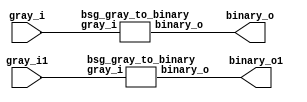


module top
(
  gray_i,
  binary_o,
  gray_i1, // added for decompiling
  binary_o1 // added for decompiling
);

  input [31:0] gray_i;
  output [31:0] binary_o;
  input [31:0] gray_i1; // added for decompiling
  output [31:0] binary_o1; // added for decompiling


  bsg_gray_to_binary
  wrapper
  (
    .gray_i(gray_i),
    .binary_o(binary_o)
  );

  bsg_gray_to_binary
  wrapper1
  (
    .gray_i(gray_i1), // added for decompiling
    .binary_o(binary_o1) // added for decompiling
  );


endmodule



module bsg_scan_width_p32_xor_p1
(
  i,
  o
);

  input [31:0] i;
  output [31:0] o;
  wire [31:0] o;
  wire t_4__31_,t_4__30_,t_4__29_,t_4__28_,t_4__27_,t_4__26_,t_4__25_,t_4__24_,
  t_4__23_,t_4__22_,t_4__21_,t_4__20_,t_4__19_,t_4__18_,t_4__17_,t_4__16_,t_4__15_,
  t_4__14_,t_4__13_,t_4__12_,t_4__11_,t_4__10_,t_4__9_,t_4__8_,t_4__7_,t_4__6_,t_4__5_,
  t_4__4_,t_4__3_,t_4__2_,t_4__1_,t_4__0_,t_3__31_,t_3__30_,t_3__29_,t_3__28_,
  t_3__27_,t_3__26_,t_3__25_,t_3__24_,t_3__23_,t_3__22_,t_3__21_,t_3__20_,t_3__19_,
  t_3__18_,t_3__17_,t_3__16_,t_3__15_,t_3__14_,t_3__13_,t_3__12_,t_3__11_,t_3__10_,
  t_3__9_,t_3__8_,t_3__7_,t_3__6_,t_3__5_,t_3__4_,t_3__3_,t_3__2_,t_3__1_,t_3__0_,
  t_2__31_,t_2__30_,t_2__29_,t_2__28_,t_2__27_,t_2__26_,t_2__25_,t_2__24_,t_2__23_,
  t_2__22_,t_2__21_,t_2__20_,t_2__19_,t_2__18_,t_2__17_,t_2__16_,t_2__15_,t_2__14_,
  t_2__13_,t_2__12_,t_2__11_,t_2__10_,t_2__9_,t_2__8_,t_2__7_,t_2__6_,t_2__5_,
  t_2__4_,t_2__3_,t_2__2_,t_2__1_,t_2__0_,t_1__31_,t_1__30_,t_1__29_,t_1__28_,t_1__27_,
  t_1__26_,t_1__25_,t_1__24_,t_1__23_,t_1__22_,t_1__21_,t_1__20_,t_1__19_,t_1__18_,
  t_1__17_,t_1__16_,t_1__15_,t_1__14_,t_1__13_,t_1__12_,t_1__11_,t_1__10_,t_1__9_,
  t_1__8_,t_1__7_,t_1__6_,t_1__5_,t_1__4_,t_1__3_,t_1__2_,t_1__1_,t_1__0_;
  assign t_1__31_ = i[31] ^ 1'b0;
  assign t_1__30_ = i[30] ^ i[31];
  assign t_1__29_ = i[29] ^ i[30];
  assign t_1__28_ = i[28] ^ i[29];
  assign t_1__27_ = i[27] ^ i[28];
  assign t_1__26_ = i[26] ^ i[27];
  assign t_1__25_ = i[25] ^ i[26];
  assign t_1__24_ = i[24] ^ i[25];
  assign t_1__23_ = i[23] ^ i[24];
  assign t_1__22_ = i[22] ^ i[23];
  assign t_1__21_ = i[21] ^ i[22];
  assign t_1__20_ = i[20] ^ i[21];
  assign t_1__19_ = i[19] ^ i[20];
  assign t_1__18_ = i[18] ^ i[19];
  assign t_1__17_ = i[17] ^ i[18];
  assign t_1__16_ = i[16] ^ i[17];
  assign t_1__15_ = i[15] ^ i[16];
  assign t_1__14_ = i[14] ^ i[15];
  assign t_1__13_ = i[13] ^ i[14];
  assign t_1__12_ = i[12] ^ i[13];
  assign t_1__11_ = i[11] ^ i[12];
  assign t_1__10_ = i[10] ^ i[11];
  assign t_1__9_ = i[9] ^ i[10];
  assign t_1__8_ = i[8] ^ i[9];
  assign t_1__7_ = i[7] ^ i[8];
  assign t_1__6_ = i[6] ^ i[7];
  assign t_1__5_ = i[5] ^ i[6];
  assign t_1__4_ = i[4] ^ i[5];
  assign t_1__3_ = i[3] ^ i[4];
  assign t_1__2_ = i[2] ^ i[3];
  assign t_1__1_ = i[1] ^ i[2];
  assign t_1__0_ = i[0] ^ i[1];
  assign t_2__31_ = t_1__31_ ^ 1'b0;
  assign t_2__30_ = t_1__30_ ^ 1'b0;
  assign t_2__29_ = t_1__29_ ^ t_1__31_;
  assign t_2__28_ = t_1__28_ ^ t_1__30_;
  assign t_2__27_ = t_1__27_ ^ t_1__29_;
  assign t_2__26_ = t_1__26_ ^ t_1__28_;
  assign t_2__25_ = t_1__25_ ^ t_1__27_;
  assign t_2__24_ = t_1__24_ ^ t_1__26_;
  assign t_2__23_ = t_1__23_ ^ t_1__25_;
  assign t_2__22_ = t_1__22_ ^ t_1__24_;
  assign t_2__21_ = t_1__21_ ^ t_1__23_;
  assign t_2__20_ = t_1__20_ ^ t_1__22_;
  assign t_2__19_ = t_1__19_ ^ t_1__21_;
  assign t_2__18_ = t_1__18_ ^ t_1__20_;
  assign t_2__17_ = t_1__17_ ^ t_1__19_;
  assign t_2__16_ = t_1__16_ ^ t_1__18_;
  assign t_2__15_ = t_1__15_ ^ t_1__17_;
  assign t_2__14_ = t_1__14_ ^ t_1__16_;
  assign t_2__13_ = t_1__13_ ^ t_1__15_;
  assign t_2__12_ = t_1__12_ ^ t_1__14_;
  assign t_2__11_ = t_1__11_ ^ t_1__13_;
  assign t_2__10_ = t_1__10_ ^ t_1__12_;
  assign t_2__9_ = t_1__9_ ^ t_1__11_;
  assign t_2__8_ = t_1__8_ ^ t_1__10_;
  assign t_2__7_ = t_1__7_ ^ t_1__9_;
  assign t_2__6_ = t_1__6_ ^ t_1__8_;
  assign t_2__5_ = t_1__5_ ^ t_1__7_;
  assign t_2__4_ = t_1__4_ ^ t_1__6_;
  assign t_2__3_ = t_1__3_ ^ t_1__5_;
  assign t_2__2_ = t_1__2_ ^ t_1__4_;
  assign t_2__1_ = t_1__1_ ^ t_1__3_;
  assign t_2__0_ = t_1__0_ ^ t_1__2_;
  assign t_3__31_ = t_2__31_ ^ 1'b0;
  assign t_3__30_ = t_2__30_ ^ 1'b0;
  assign t_3__29_ = t_2__29_ ^ 1'b0;
  assign t_3__28_ = t_2__28_ ^ 1'b0;
  assign t_3__27_ = t_2__27_ ^ t_2__31_;
  assign t_3__26_ = t_2__26_ ^ t_2__30_;
  assign t_3__25_ = t_2__25_ ^ t_2__29_;
  assign t_3__24_ = t_2__24_ ^ t_2__28_;
  assign t_3__23_ = t_2__23_ ^ t_2__27_;
  assign t_3__22_ = t_2__22_ ^ t_2__26_;
  assign t_3__21_ = t_2__21_ ^ t_2__25_;
  assign t_3__20_ = t_2__20_ ^ t_2__24_;
  assign t_3__19_ = t_2__19_ ^ t_2__23_;
  assign t_3__18_ = t_2__18_ ^ t_2__22_;
  assign t_3__17_ = t_2__17_ ^ t_2__21_;
  assign t_3__16_ = t_2__16_ ^ t_2__20_;
  assign t_3__15_ = t_2__15_ ^ t_2__19_;
  assign t_3__14_ = t_2__14_ ^ t_2__18_;
  assign t_3__13_ = t_2__13_ ^ t_2__17_;
  assign t_3__12_ = t_2__12_ ^ t_2__16_;
  assign t_3__11_ = t_2__11_ ^ t_2__15_;
  assign t_3__10_ = t_2__10_ ^ t_2__14_;
  assign t_3__9_ = t_2__9_ ^ t_2__13_;
  assign t_3__8_ = t_2__8_ ^ t_2__12_;
  assign t_3__7_ = t_2__7_ ^ t_2__11_;
  assign t_3__6_ = t_2__6_ ^ t_2__10_;
  assign t_3__5_ = t_2__5_ ^ t_2__9_;
  assign t_3__4_ = t_2__4_ ^ t_2__8_;
  assign t_3__3_ = t_2__3_ ^ t_2__7_;
  assign t_3__2_ = t_2__2_ ^ t_2__6_;
  assign t_3__1_ = t_2__1_ ^ t_2__5_;
  assign t_3__0_ = t_2__0_ ^ t_2__4_;
  assign t_4__31_ = t_3__31_ ^ 1'b0;
  assign t_4__30_ = t_3__30_ ^ 1'b0;
  assign t_4__29_ = t_3__29_ ^ 1'b0;
  assign t_4__28_ = t_3__28_ ^ 1'b0;
  assign t_4__27_ = t_3__27_ ^ 1'b0;
  assign t_4__26_ = t_3__26_ ^ 1'b0;
  assign t_4__25_ = t_3__25_ ^ 1'b0;
  assign t_4__24_ = t_3__24_ ^ 1'b0;
  assign t_4__23_ = t_3__23_ ^ t_3__31_;
  assign t_4__22_ = t_3__22_ ^ t_3__30_;
  assign t_4__21_ = t_3__21_ ^ t_3__29_;
  assign t_4__20_ = t_3__20_ ^ t_3__28_;
  assign t_4__19_ = t_3__19_ ^ t_3__27_;
  assign t_4__18_ = t_3__18_ ^ t_3__26_;
  assign t_4__17_ = t_3__17_ ^ t_3__25_;
  assign t_4__16_ = t_3__16_ ^ t_3__24_;
  assign t_4__15_ = t_3__15_ ^ t_3__23_;
  assign t_4__14_ = t_3__14_ ^ t_3__22_;
  assign t_4__13_ = t_3__13_ ^ t_3__21_;
  assign t_4__12_ = t_3__12_ ^ t_3__20_;
  assign t_4__11_ = t_3__11_ ^ t_3__19_;
  assign t_4__10_ = t_3__10_ ^ t_3__18_;
  assign t_4__9_ = t_3__9_ ^ t_3__17_;
  assign t_4__8_ = t_3__8_ ^ t_3__16_;
  assign t_4__7_ = t_3__7_ ^ t_3__15_;
  assign t_4__6_ = t_3__6_ ^ t_3__14_;
  assign t_4__5_ = t_3__5_ ^ t_3__13_;
  assign t_4__4_ = t_3__4_ ^ t_3__12_;
  assign t_4__3_ = t_3__3_ ^ t_3__11_;
  assign t_4__2_ = t_3__2_ ^ t_3__10_;
  assign t_4__1_ = t_3__1_ ^ t_3__9_;
  assign t_4__0_ = t_3__0_ ^ t_3__8_;
  assign o[31] = t_4__31_ ^ 1'b0;
  assign o[30] = t_4__30_ ^ 1'b0;
  assign o[29] = t_4__29_ ^ 1'b0;
  assign o[28] = t_4__28_ ^ 1'b0;
  assign o[27] = t_4__27_ ^ 1'b0;
  assign o[26] = t_4__26_ ^ 1'b0;
  assign o[25] = t_4__25_ ^ 1'b0;
  assign o[24] = t_4__24_ ^ 1'b0;
  assign o[23] = t_4__23_ ^ 1'b0;
  assign o[22] = t_4__22_ ^ 1'b0;
  assign o[21] = t_4__21_ ^ 1'b0;
  assign o[20] = t_4__20_ ^ 1'b0;
  assign o[19] = t_4__19_ ^ 1'b0;
  assign o[18] = t_4__18_ ^ 1'b0;
  assign o[17] = t_4__17_ ^ 1'b0;
  assign o[16] = t_4__16_ ^ 1'b0;
  assign o[15] = t_4__15_ ^ t_4__31_;
  assign o[14] = t_4__14_ ^ t_4__30_;
  assign o[13] = t_4__13_ ^ t_4__29_;
  assign o[12] = t_4__12_ ^ t_4__28_;
  assign o[11] = t_4__11_ ^ t_4__27_;
  assign o[10] = t_4__10_ ^ t_4__26_;
  assign o[9] = t_4__9_ ^ t_4__25_;
  assign o[8] = t_4__8_ ^ t_4__24_;
  assign o[7] = t_4__7_ ^ t_4__23_;
  assign o[6] = t_4__6_ ^ t_4__22_;
  assign o[5] = t_4__5_ ^ t_4__21_;
  assign o[4] = t_4__4_ ^ t_4__20_;
  assign o[3] = t_4__3_ ^ t_4__19_;
  assign o[2] = t_4__2_ ^ t_4__18_;
  assign o[1] = t_4__1_ ^ t_4__17_;
  assign o[0] = t_4__0_ ^ t_4__16_;

endmodule



module bsg_gray_to_binary
(
  gray_i,
  binary_o
);

  input [31:0] gray_i;
  output [31:0] binary_o;
  wire [31:0] binary_o;

  bsg_scan_width_p32_xor_p1
  scan_xor
  (
    .i(gray_i),
    .o(binary_o)
  );


endmodule